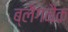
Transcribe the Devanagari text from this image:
ब्लैगनैक